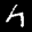
Digit: 7